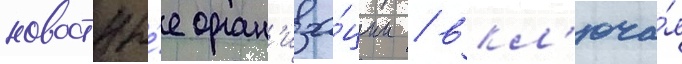
новостны́е орган'иза́ции / вкл'юча́я